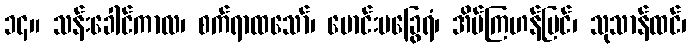
၁၄။ သန်းခေါင်ကာလ၊ စက်ရာထသော်၊ မောင်းမခြွေရံ၊ အိပ်ကြဟန်မြင်၊ သုသာန်ထင်၊